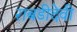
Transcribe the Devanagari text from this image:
राबडीदेवी